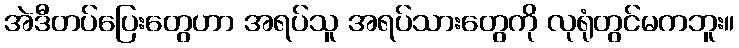
အဲဒီတပ်ပြေးတွေဟာ အရပ်သူ အရပ်သားတွေကို လုရုံတွင်မကဘူး။